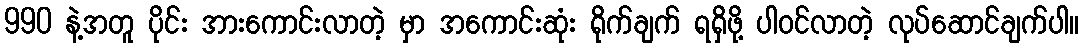
990 နဲ့အတူ ပိုင်း အားကောင်းလာတဲ့ မှာ အကောင်းဆုံး ရိုက်ချက် ရရှိဖို့ ပါဝင်လာတဲ့ လုပ်ဆောင်ချက်ပါ။